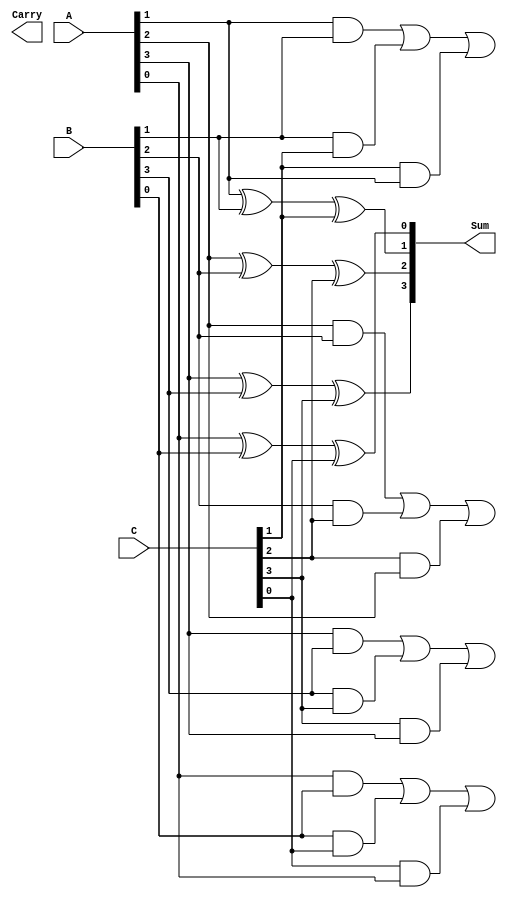
module CarrySaveAdder #(parameter n = 4) (
    input  [n-1:0] A,  // First input
    input  [n-1:0] B,  // Second input
    input  [n-1:0] C,  // Third input
    output [n-1:0] Sum, // Sum output
    output [n:0]   Carry // Carry output (n+1 bits)
);

    // Intermediate signals for carry bits
    wire [n:0] carry; // Carry bits for each bit position

    // Generate sum and carry for each bit position
    genvar i;
    generate
        for (i = 0; i < n; i = i + 1) begin : CSA_BIT
            // Sum bit calculation
            assign Sum[i] = A[i] ^ B[i] ^ C[i];

            // Carry bit calculation
            assign carry[i+1] = (A[i] & B[i]) | (B[i] & C[i]) | (C[i] & A[i]);
        end
    endgenerate

    // Assign the carry output
    assign Carry = carry;

endmodule